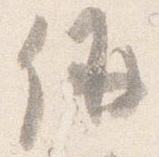
偁